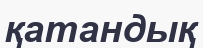
қатандық